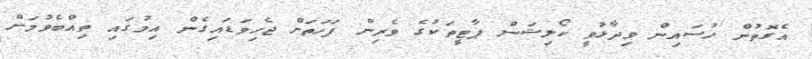
އެގޮތުން ހުސައިން ވިދާޅުވީ ކޯލިޝަން ޕާޓީތަކުގެ ވެރިން ފަހަތަށް ޖެހިވަޑައިގެން އިމުގައި ތިއްބެވުމަށް